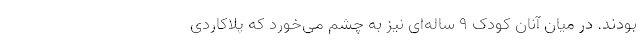
بودند. در میان آنان کودک ۹ ساله‌ای نیز به چشم می‌خورد که پلاکاردی